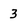
Character: 3